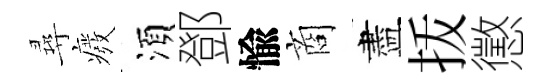
尋癈湏鄧愉商盡㧞懲